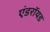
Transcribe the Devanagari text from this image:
एंडराॅयड